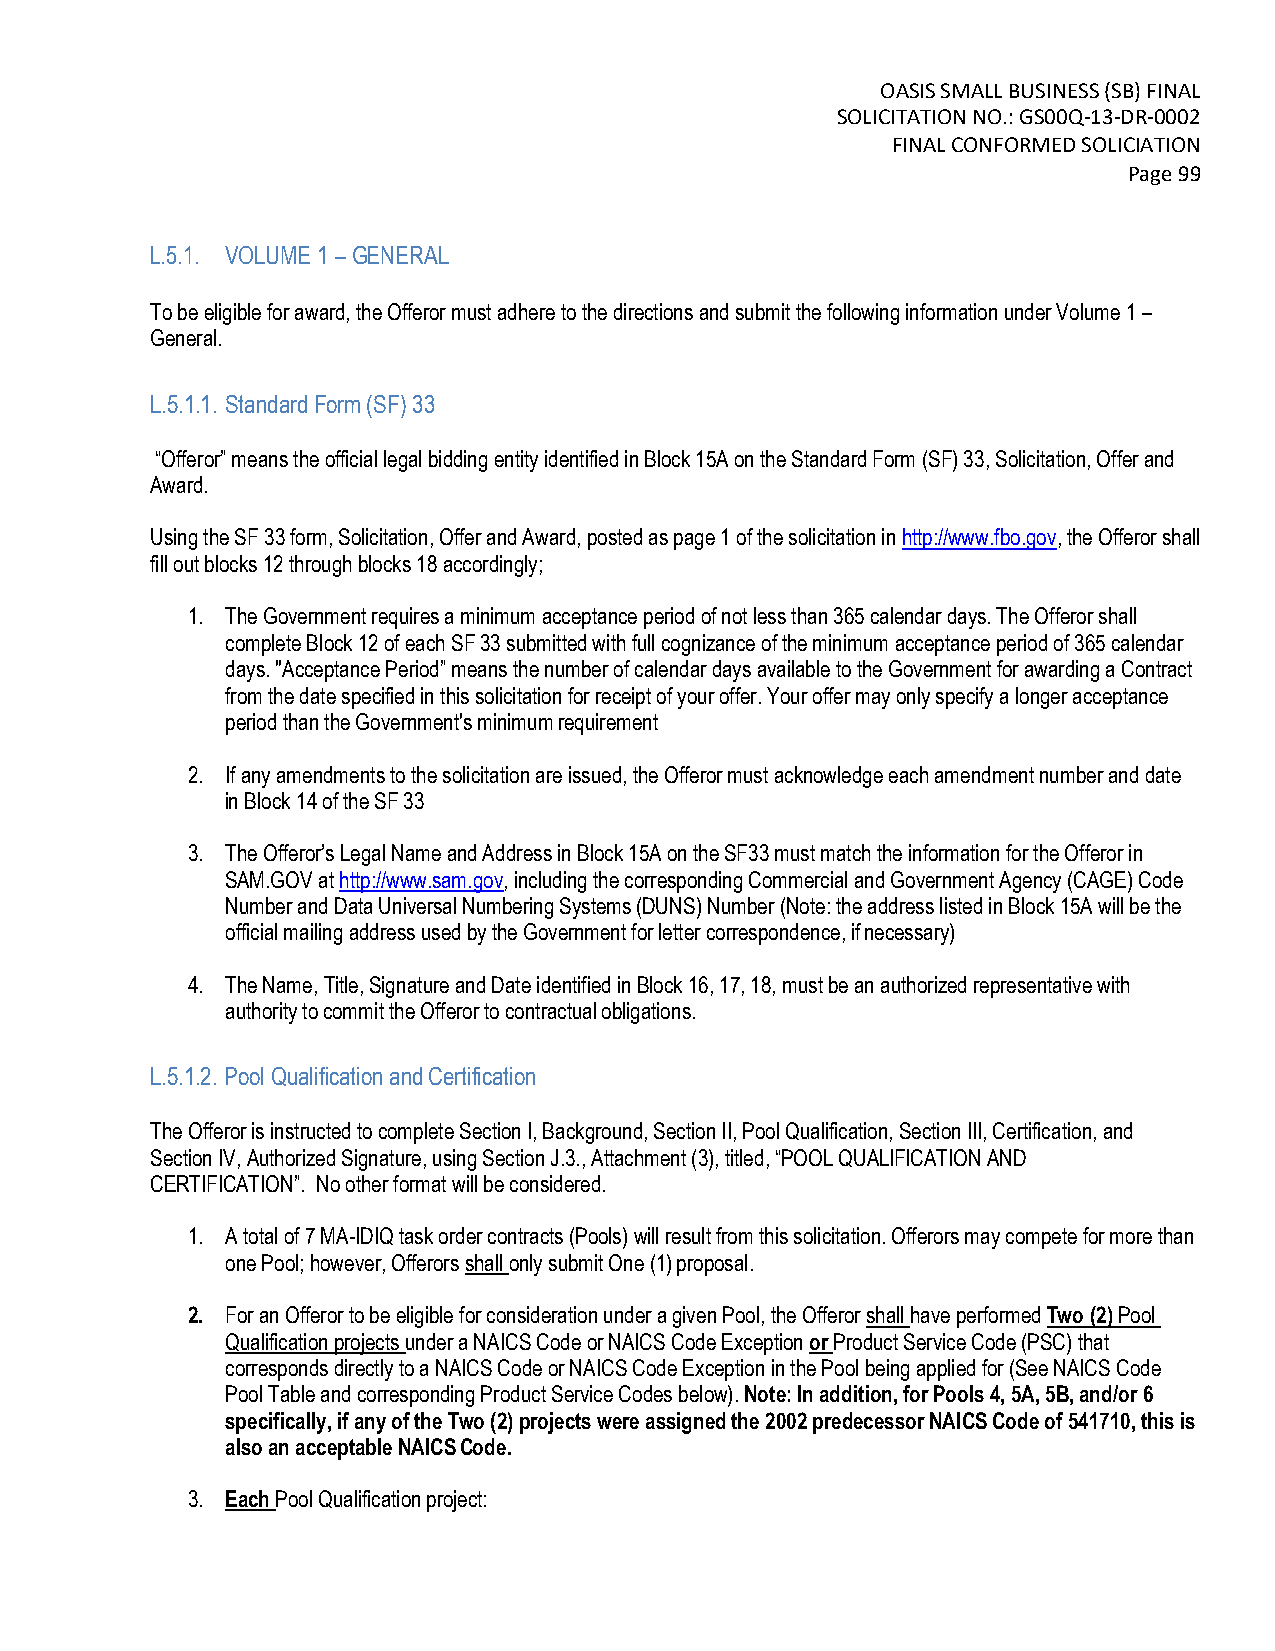
OASIS SMALL BUSINESS (SB) FINAL
 SOLICITATION NO.: GS00Q-13-DR-0002
 FINAL CONFORMED SOLICIATION
 Page 99
 L.5.1. VOLUME 1 – GENERAL
 To be eligible for award, the Offeror must adhere to the directions and submit the following information under Volume 1 –
 General.
 L.5.1.1. Standard Form (SF) 33
 “Offeror” means the official legal bidding entity identified in Block 15A on the Standard Form (SF) 33, Solicitation, Offer and
 Award.
 Using the SF 33 form, Solicitation, Offer and Award, posted as page 1 of the solicitation in http://www.fbo.gov, the Offeror shall
 fill out blocks 12 through blocks 18 accordingly;
 1. The Government requires a minimum acceptance period of not less than 365 calendar days. The Offeror shall
 complete Block 12 of each SF 33 submitted with full cognizance of the minimum acceptance period of 365 calendar
 days. "Acceptance Period” means the number of calendar days available to the Government for awarding a Contract
 from the date specified in this solicitation for receipt of your offer. Your offer may only specify a longer acceptance
 period than the Government's minimum requirement
 2. If any amendments to the solicitation are issued, the Offeror must acknowledge each amendment number and date
 in Block 14 of the SF 33
 3. The Offeror’s Legal Name and Address in Block 15A on the SF33 must match the information for the Offeror in
 SAM.GOV at http://www.sam.gov, including the corresponding Commercial and Government Agency (CAGE) Code
 Number and Data Universal Numbering Systems (DUNS) Number (Note: the address listed in Block 15A will be the
 official mailing address used by the Government for letter correspondence, if necessary)
 4. The Name, Title, Signature and Date identified in Block 16, 17, 18, must be an authorized representative with
 authority to commit the Offeror to contractual obligations.
 L.5.1.2. Pool Qualification and Certification
 The Offeror is instructed to complete Section I, Background, Section II, Pool Qualification, Section III, Certification, and
 Section IV, Authorized Signature, using Section J.3., Attachment (3), titled, “POOL QUALIFICATION AND
 CERTIFICATION”. No other format will be considered.
 1. A total of 7 MA-IDIQ task order contracts (Pools) will result from this solicitation. Offerors may compete for more than
 one Pool; however, Offerors shall only submit One (1) proposal.
 2. For an Offeror to be eligible for consideration under a given Pool, the Offeror shall have performed Two (2) Pool
 Qualification projects under a NAICS Code or NAICS Code Exception or Product Service Code (PSC) that
 corresponds directly to a NAICS Code or NAICS Code Exception in the Pool being applied for (See NAICS Code
 Pool Table and corresponding Product Service Codes below). Note: In addition, for Pools 4, 5A, 5B, and/or 6
 specifically, if any of the Two (2) projects were assigned the 2002 predecessor NAICS Code of 541710, this is
 also an acceptable NAICS Code.
 3. Each Pool Qualification project: